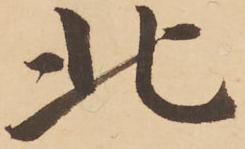
北